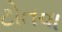
ટોતવા